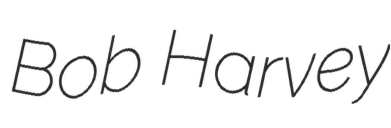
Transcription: Bob Harvey